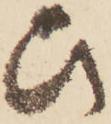
ひ